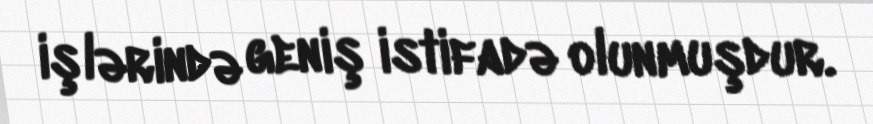
işlərində geniş istifadə olunmuşdur.